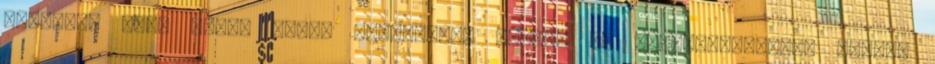
összhang van, ebben pedig mindenképp verjük az ellenfeleinket. „Egyik